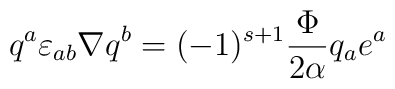
q^a \varepsilon_{ab}\nabla q^b=(-1)^{s+1}{\Phi \over 2\alpha} q_a e^a